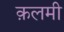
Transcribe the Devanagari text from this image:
क़लमी